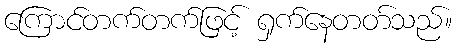
ကြောင်တက်တက်ဖြင့် ရှက်နေတတ်သည်။